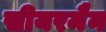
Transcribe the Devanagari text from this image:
सीयरमैन